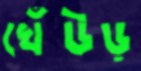
খেঁউড়